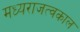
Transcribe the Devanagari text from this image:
मध्यराजत्वकाल